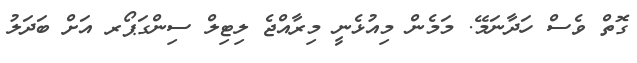
ގޮތް ވެސް ހަދާނަމޭ. މަމެން މިއުޅެނީ މިރާއްޖެ ލިޓިލް ސިންގަޕޯރ އަށް ބަދަލު